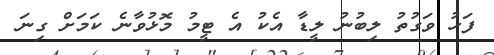
ފަހު ވަގުތު ލިބުނު ލީޑާ އެކު އެ ޓީމު މޮޅުވާނެ ކަމަށް ގިނަ